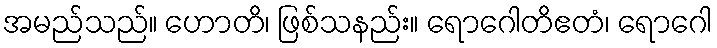
အမည်သည်။ ဟောတိ၊ ဖြစ်သနည်း။ ရောဂေါတိဧတံ၊ ရောဂေါ